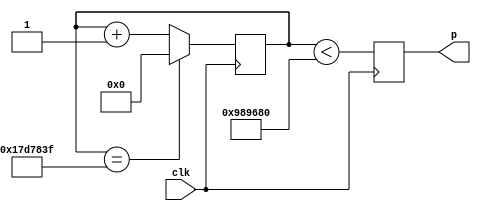
`timescale 1ns / 1ps
//////////////////////////////////////////////////////////////////////////////////
// Company: 
// Engineer: 
// 
// Design Name: 
// Module Name:    pulser 
// Project Name: 
// Target Devices: 
// Tool versions: 
// Description: 
//
// Dependencies: 
//
// Revision: 
// Revision 0.01 - File Created
// Additional Comments: 
//
//////////////////////////////////////////////////////////////////////////////////
module pulser(
              p,
              clk
              );

   parameter PERIOD = 25000000;   
   parameter PULSE_WIDTH = 10000000;

   input clk;
   output p;
   
   reg    p;
   reg [32:0] count;
   

   initial //for simulation only
     begin
        count <= 10000000;
     end   

   always @ (posedge clk)
     begin
        if (count == (PERIOD - 1))
          begin
             count <= 0;
          end
        else 
          begin
             count <= count+1;       
          end

     end

   always @ (posedge clk)
     begin
        p <= count < PULSE_WIDTH;       
     end

endmodule